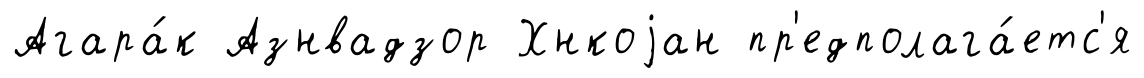
Агара́к Азнвадзор Хнкоjан пр'едполага́етс'я